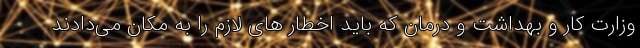
وزارت کار و بهداشت و درمان که باید اخطار های لازم را به مکان می‌دادند